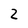
Character: 2